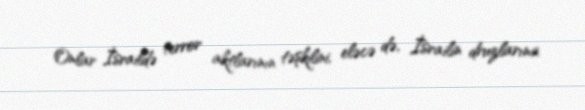
Onlar İsraildə terror aktlarının təşkilini, eləcə də, İsrailin druzlarına